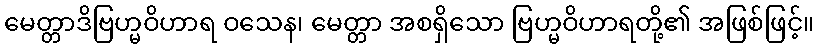
မေတ္တာဒိဗြဟ္မဝိဟာရ ဝသေန၊ မေတ္တာ အစရှိသော ဗြဟ္မဝိဟာရတို့၏ အဖြစ်ဖြင့်။